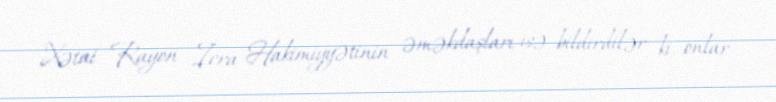
Xətai Rayon İcra Hakimiyyətinin əməkdaşları isə bildirdilər ki, onlar